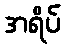
အရိပ်